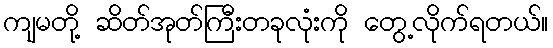
ကျမတို့ ဆိတ်အုတ်ကြီးတခုလုံးကို တွေ့လိုက်ရတယ်။